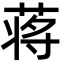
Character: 蒋